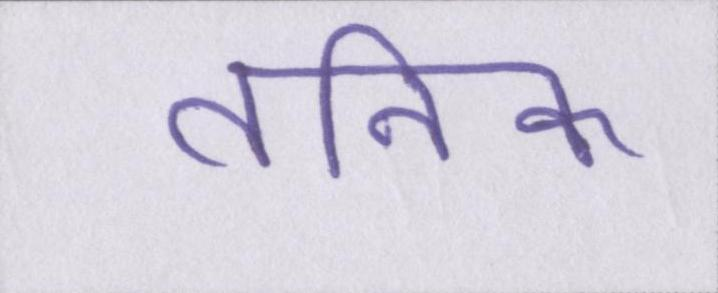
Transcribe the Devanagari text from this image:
तनिक